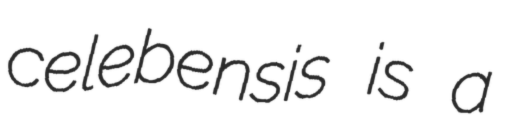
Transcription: celebensis is a